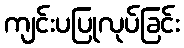
ကျင်းပပြုလုပ်ခြင်း